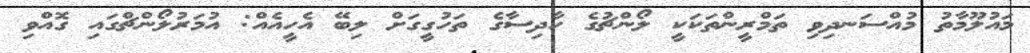
މައުލޫމާތު މުއްސަނދިވި ތަމްރީންތަކަކީ ލޯންޗުގެ ހާދިސާގެ ތަހުގީގަށް ލިބޭ އެހީއެއް: އުމަރުލޯންޗްގައި ގޮއްވި